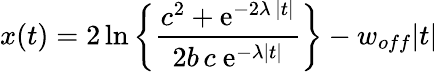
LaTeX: x(t)=2{\, \mathrm{ln}}\left\{ {\frac{c^{2}+\mathrm{e}^{-2\lambda\, |t|}}{2b\, c\ \mathrm{e}^{-\lambda|t|}}}\right\} -w_{off}|t|